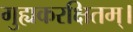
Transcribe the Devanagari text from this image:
गुह्यकरक्षितम्।